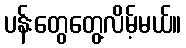
ပန်းတွေတွေ့လိမ့်မယ်။